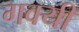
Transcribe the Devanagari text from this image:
गवयी